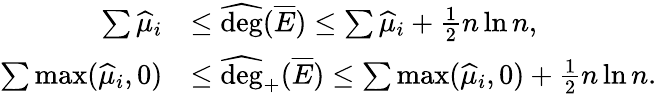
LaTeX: \begin{array}{rl}{\sum\widehat\mu_{i}}&{\le\widehat{\mathrm{deg}}(\overline{E})\le\sum\widehat\mu_{i}+\frac{1}{2}n\ln n,}\\ {\sum\operatorname*{max}(\widehat\mu_{i},0)}&{\le\widehat{\mathrm{deg}}_{+}(\overline{E})\le\sum\operatorname*{max}(\widehat\mu_{i},0)+\frac{1}{2}n\ln n.}\end{array}